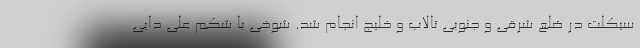
سیکلت در ضلع شرقی و جنوبی تالاب و خلیج انجام شد. شوخی با شکم علی دایی